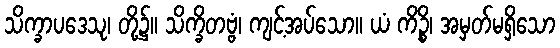
သိက္ခာပဒေသု၊ တို့၌။ သိက္ခိတဗ္ဗံ၊ ကျင့်အပ်သော။ ယံ ကိဉ္စိ၊ အမှတ်မရှိသော